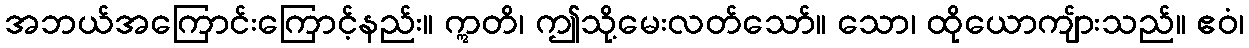
အဘယ်အကြောင်းကြောင့်နည်း။ ဣတိ၊ ဤသို့မေးလတ်သော်။ သော၊ ထိုယောကျ်ားသည်။ ဧဝံ၊